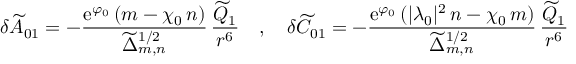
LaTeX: \delta { \widetilde A } _ { 0 1 } = - \frac { \mathrm { e } ^ { \varphi _ { 0 } } \, ( m - \chi _ { 0 } \, n ) } { { \widetilde \Delta } _ { m , n } ^ { 1 / 2 } } \, \frac { { \widetilde Q } _ { 1 } } { r ^ { 6 } } ~ ~ ~ , ~ ~ ~ \delta { \widetilde C } _ { 0 1 } = - \frac { \mathrm { e } ^ { \varphi _ { 0 } } \, ( | \lambda _ { 0 } | ^ { 2 } \, n - \chi _ { 0 } \, m ) } { { \widetilde \Delta } _ { m , n } ^ { 1 / 2 } } \, \frac { { \widetilde Q } _ { 1 } } { r ^ { 6 } }